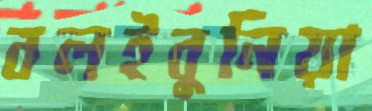
বলইবুনিয়া